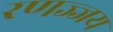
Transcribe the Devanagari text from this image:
रणज्जय